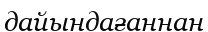
дайындағаннан